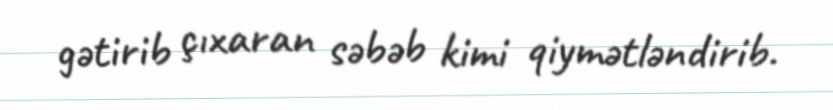
gətirib çıxaran səbəb kimi qiymətləndirib.